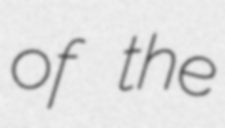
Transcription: of the